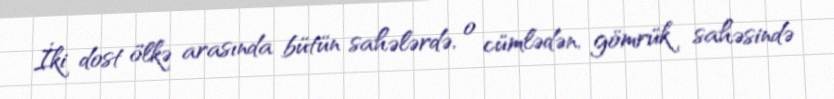
İki dost ölkə arasında bütün sahələrdə, o cümlədən, gömrük sahəsində